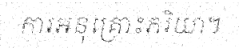
ការអនុគ្រោះភរិយា។